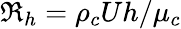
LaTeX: \Re_{h}=\rho_{c}Uh/\mu_{c}